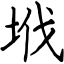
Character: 㘺